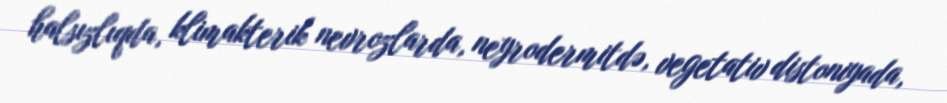
halsızlıqda, klimakterik nevrozlarda, neyrodermitdə, vegetativ distoniyada,